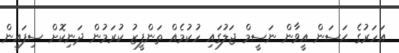
އަހަރުގެ ޙަސަން އީވާން ނަސީމް ޖަލުގައި ހުކުމެއް ތަންފީޒު ކުރަމުން ދަނިކޮށް ސިފައިން